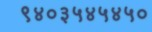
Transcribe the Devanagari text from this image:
९४०३५४५४५०